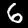
Label: 6